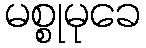
မစ္စုမုခေ